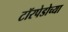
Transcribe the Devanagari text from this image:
टॉरपेडोच्या